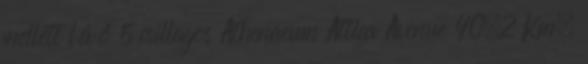
mellett lévő 5 csillagos Athenaeum Attica Avenue 40.2 Km,